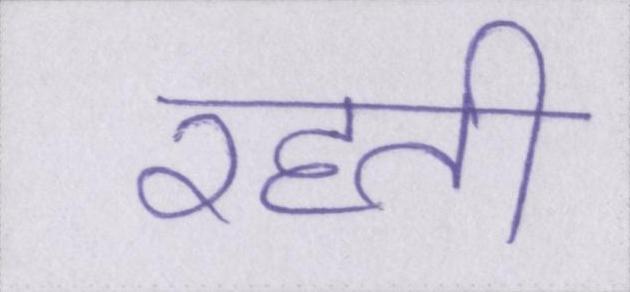
रहती